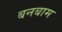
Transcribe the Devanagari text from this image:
बनबाम